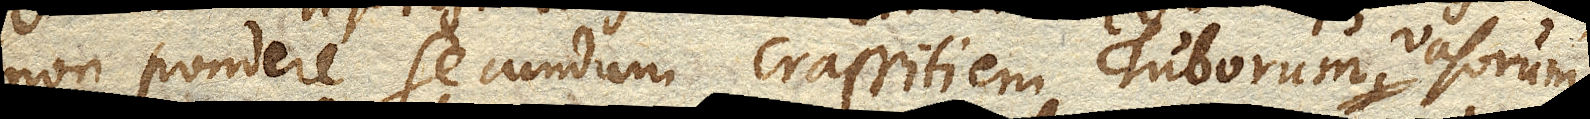
non pondere secundum crassitiem Tuborum vasorumque